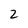
Character: 2